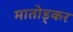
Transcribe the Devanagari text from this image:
मातोड्कर